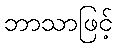
ဘာသာဖြင့်